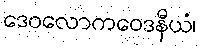
ဒေဝလောကဝေဒနီယံ၊